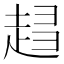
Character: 𧻫